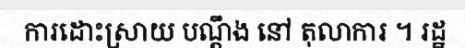
ការដោះស្រាយ បណ្តឹង នៅ តុលាការ ។ រដ្ឋ